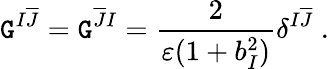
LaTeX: \mathtt{G}^{I\overline{{{{J}}}}}=\mathtt{G}^{\overline{{{{J}}}}I}=\frac{{2}}{{\varepsilon(1+b_{I}^{2})}}\delta^{I\overline{{{{J}}}}}~.